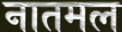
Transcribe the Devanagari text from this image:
नातमल